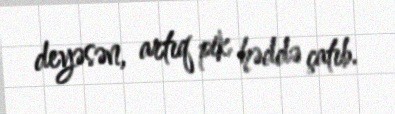
deyəsən, artıq pik həddə çatıb.